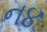
ન૪